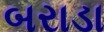
બરાડા